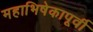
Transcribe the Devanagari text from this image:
महाभिषेकापूर्वी